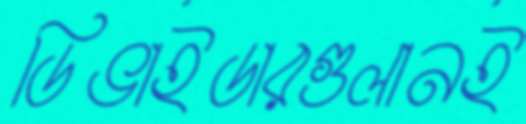
ডিভাইডারগুলানই